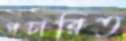
প্রচারিত